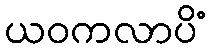
ယဝကလာပိံ